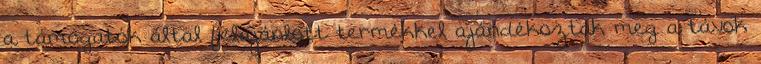
a támogatók által felajánlott termékkel ajándékozták meg a távok